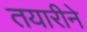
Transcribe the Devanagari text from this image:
तयारीने